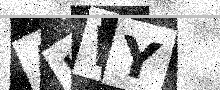
Text: AHWY